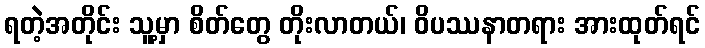
ရတဲ့အတိုင်း သူ့မှာ စိတ်တွေ တိုးလာတယ်၊ ဝိပဿနာတရား အားထုတ်ရင်